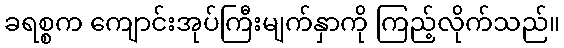
ခရစ္စက ကျောင်းအုပ်ကြီးမျက်နှာကို ကြည့်လိုက်သည်။